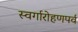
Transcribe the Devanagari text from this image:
स्वर्गारोहणपर्व